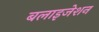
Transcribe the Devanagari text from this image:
बलाइजेशन